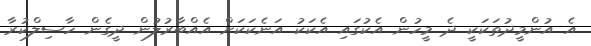
އެ އުންމީދުތަކަކީ ދެ މީހުން އެކުގައި އެކަކު އަނެކަކަށް އެއްބާރުލުން ދީގެން ހާސިލްކުރާ